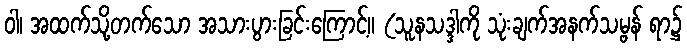
ဝါ၊ အထက်သို့တက်သော အသားပွားခြင်းကြောင့်။ (သူနသဒ္ဒါကို သုံးချက်အနက်သမ္ဗန် ရာ၌